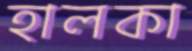
হালকা